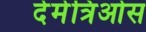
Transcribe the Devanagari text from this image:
देमेत्रिओस